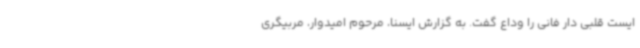
ایست قلبی دار فانی را وداع گفت. به گزارش ایسنا، مرحوم امیدوار، مربیگری